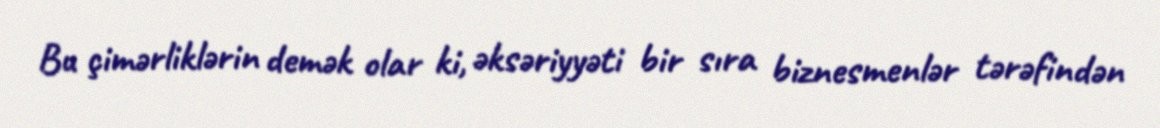
Bu çimərliklərin demək olar ki, əksəriyyəti bir sıra biznesmenlər tərəfindən